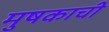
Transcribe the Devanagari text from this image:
मुषकाची